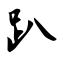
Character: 趴